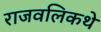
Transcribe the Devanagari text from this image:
राजवलिकथे